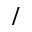
/